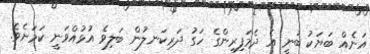
އަނެއް ބަޔަކު ބުނީ އެ ދެމަފިރިންގެ ހަގު ދަރިކަނލުން ބަލިވެ އުޅުއްވަނީ ކަމަށެވެ.